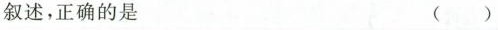
叙述，正确的是 ( )